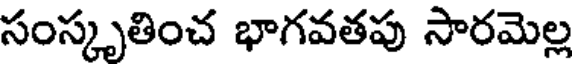
సంస్కృతించ భాగవతపు సారమెల్ల